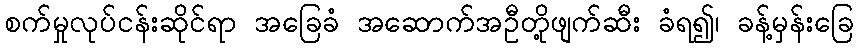
စက်မှုလုပ်ငန်းဆိုင်ရာ အခြေခံ အဆောက်အဦတို့ဖျက်ဆီး ခံရ၍၊ ခန့်မှန်းခြေ